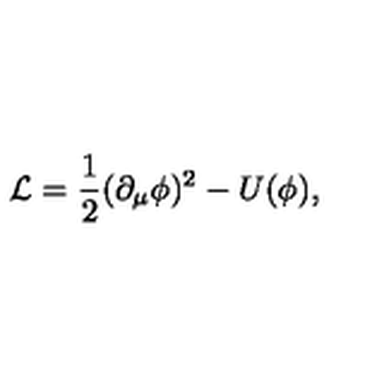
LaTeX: { \cal { L } } = \frac { 1 } { 2 } ( \partial _ { \mu } \phi ) ^ { 2 } - U ( \phi ) ,